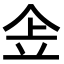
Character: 𠈔